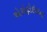
એરોફોઇલના